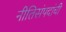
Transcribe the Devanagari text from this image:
नीतिसंपदांची